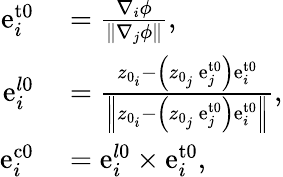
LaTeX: \begin{array}{rl}{\mathrm{e}_{i}^{\mathrm{{t0}}}}&{{}=\frac{\nabla_{i}\phi}{\left\| \nabla_{j}\phi\right\| },}\\ {\mathrm{e}_{i}^{l\mathrm{{0}}}}&{{}=\frac{z_{0_{i}}-\left(z_{0_{j}}\ \mathrm{e}_{j}^{\mathrm{{t0}}}\right)\mathrm{e}_{i}^{\mathrm{{t0}}}}{\left\| z_{0_{i}}-\left(z_{0_{j}}\ \mathrm{e}_{j}^{\mathrm{{t0}}}\right)\mathrm{e}_{i}^{\mathrm{{t0}}}\right\| },}\\ {\mathrm{e}_{i}^{\mathrm{{c0}}}}&{{}=\mathrm{e}_{i}^{l\mathrm{{0}}}\times\mathrm{e}_{i}^{\mathrm{{t0}}},}\end{array}